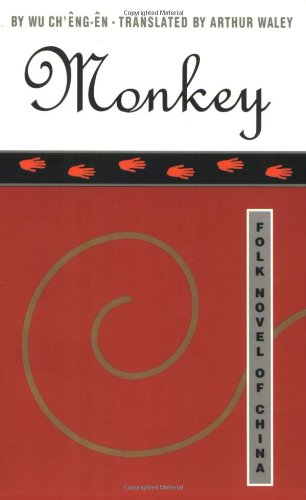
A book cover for Monkey: Folk Novel of China; Wu Ch'Ãªng-Ãªn; Science Fiction & Fantasy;